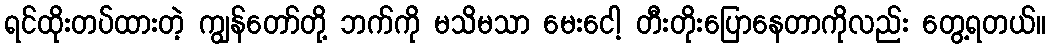
ရင်ထိုးတပ်ထားတဲ့ ကျွန်တော်တို့ ဘက်ကို မသိမသာ မေးငေါ့ တီးတိုးပြောနေတာကိုလည်း တွေ့ရတယ်။